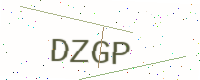
Text: DZGP